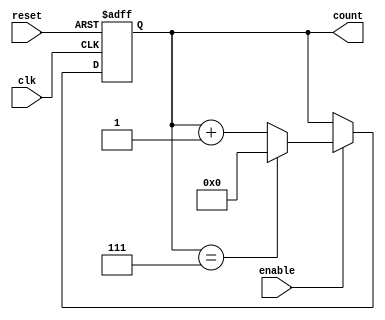
module ModuloN_Up_Counter(
    input wire clk,
    input wire reset,
    input wire enable,
    output reg [N-1:0] count
);

parameter N = 8; // Specify the value of N for the Modulo-N Counter

always @(posedge clk or posedge reset) begin
    if(reset) begin
        count <= 0;
    end else begin
        if(enable) begin
            if(count == N-1) begin
                count <= 0;
            end else begin
                count <= count + 1;
            end
        end
    end
end

endmodule